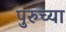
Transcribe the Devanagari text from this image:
पुरुच्या